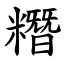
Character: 糣